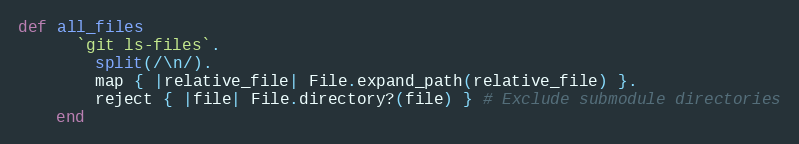
Language: Ruby
def all_files
      `git ls-files`.
        split(/\n/).
        map { |relative_file| File.expand_path(relative_file) }.
        reject { |file| File.directory?(file) } # Exclude submodule directories
    end